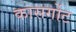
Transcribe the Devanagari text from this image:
कासर्गोट